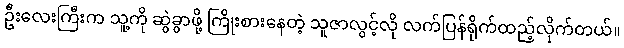
ဦးလေးကြီးက သူ့ကို ဆွဲခွာဖို့ ကြိုးစားနေတဲ့ သူဇာလွင့်လို လက်ပြန်ရိုက်ထည့်လိုက်တယ်။